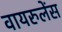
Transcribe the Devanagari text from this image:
वायरुलेंस